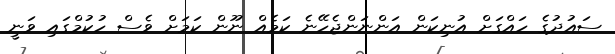
ސައުދުގެ ހައްގަށް އުނިކަން އަންނަންޖެހޭނެ ކަމެއް ނޫން ކަމަަށް ވެސް ހުކުމްގަައި ވަނީ